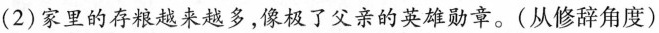
( 2 )家里的存粮起来多，了父亲的英雄勋章。( 从修辞角度 )